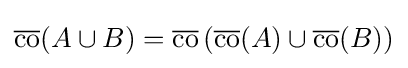
{\overline {\operatorname {co} }}(A\cup B)={\overline {\operatorname {co} }}\left({\overline {\operatorname {co} }}(A)\cup {\overline {\operatorname {co} }}(B)\right)